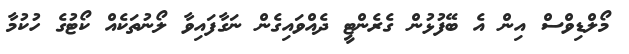
މޯލްޑިވްސް އިން އެ ބޭފުޅުން ގެރެންޓީ ދެއްވައިގެން ނަގާފައިވާ ލޯނުތަކެއް ކޯޓުގެ ހުކުމާ